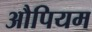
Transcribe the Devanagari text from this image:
औपियम